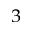
_ 3